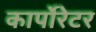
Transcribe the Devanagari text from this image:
कार्पोरेटर